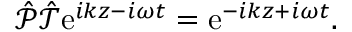
\begin{array} { r } { \hat { \mathcal P } \hat { \mathcal T } \mathrm { e } ^ { i k z - i \omega t } = \mathrm { e } ^ { - i k z + i \omega t } . } \end{array}